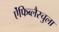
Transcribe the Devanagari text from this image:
ऐंफिब्लैस्चुला